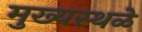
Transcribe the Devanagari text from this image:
मुख्यस्थळे